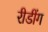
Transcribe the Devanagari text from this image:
रीडींग